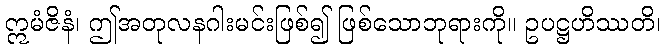
ဣမံဇိနံ၊ ဤအတုလနဂါးမင်းဖြစ်၍ ဖြစ်သောဘုရားကို။ ဥပဋ္ဌဟိဿတိ၊